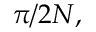
{ \pi } / { 2 N } ,